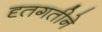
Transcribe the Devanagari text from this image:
दृतगतीने